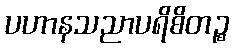
ပဟာနသညာပရိစိတဉ္စ